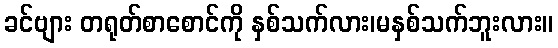
ခင်ဗျား တရုတ်စာစောင်ကို နှစ်သက်လား၊မနှစ်သက်ဘူးလား။